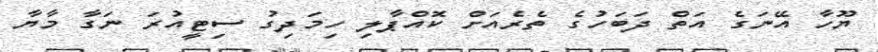
ޔޫހާ އޭނަގެ އަތް ދަބަހުގެ ތެރެއަށް ކޮއްޕާލި ހިމަދިގު ސިޓީއުރަ ނަގާ މާޔާ